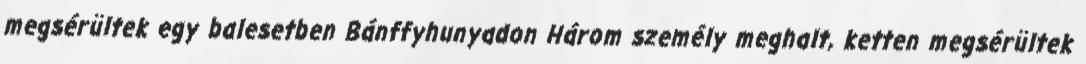
megsérültek egy balesetben Bánffyhunyadon Három személy meghalt, ketten megsérültek